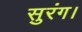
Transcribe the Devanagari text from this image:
सुरंग।